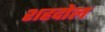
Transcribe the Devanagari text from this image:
शहदोल